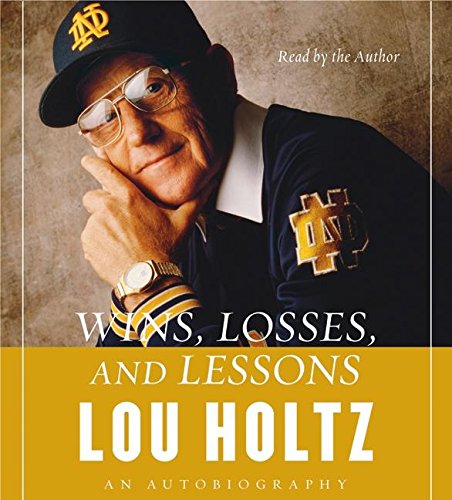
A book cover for Wins, Losses, and Lessons CD: An Autobiography; Lou Holtz; Biographies & Memoirs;